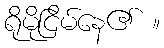
ရိုမိုငြိမ်နေ၏ ။